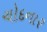
ચોદનાર